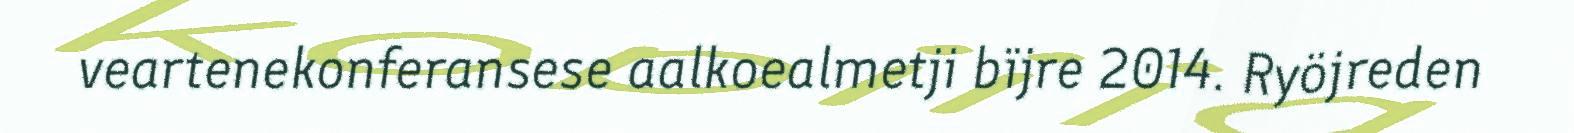
veartenekonferansese aalkoealmetji bïjre 2014. Ryöjreden